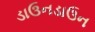
ડાઉનડાઉન